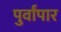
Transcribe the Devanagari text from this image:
पुर्वांपार